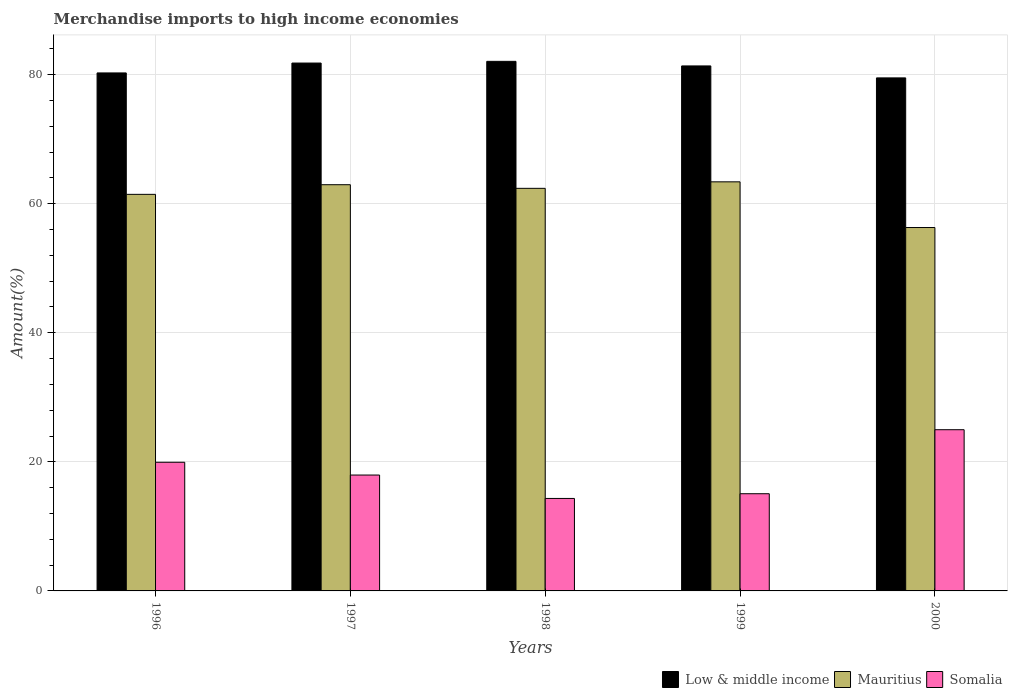
| Years | Low & middle income | Mauritius | Somalia |
 | --- | --- | --- | --- |
 | 1996 | 80.3 | 61.4 | 19.9 |
 | 1997 | 81.8 | 62.9 | 18 |
 | 1998 | 82.1 | 62.4 | 14.3 |
 | 1999 | 81.3 | 63.4 | 15.1 |
 | 2000 | 79.5 | 56.3 | 25 |